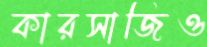
কারসাজিও